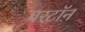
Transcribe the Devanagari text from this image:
बरटॉन